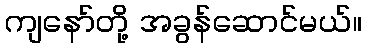
ကျနော်တို့ အခွန်ဆောင်မယ်။